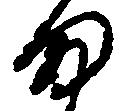
ま